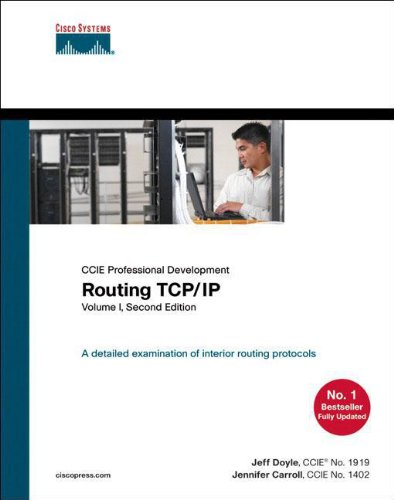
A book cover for Routing TCP/IP, Volume 1 (2nd Edition); Jeff Doyle; Computers & Technology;